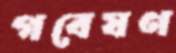
গবেষণ